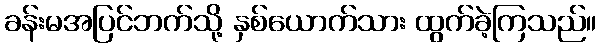
ခန်းမအပြင်ဘက်သို့ နှစ်ယောက်သား ထွက်ခဲ့ကြသည်။